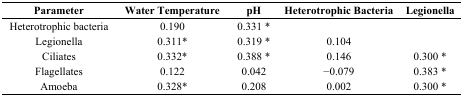
<table><thead><tr><td><b>Parameter</b></td><td><b>Water Temperature</b></td><td><b>pH</b></td><td><b>Heterotrophic Bacteria</b></td><td><b>Legionella</b></td></tr></thead><tbody><tr><td>Heterotrophic bacteria</td><td>0.190</td><td>0.331 *</td><td></td><td></td></tr><tr><td>Legionella</td><td>0.311*</td><td>0.319 *</td><td>0.104</td><td></td></tr><tr><td>Ciliates</td><td>0.332*</td><td>0.388 *</td><td>0.146</td><td>0.300 *</td></tr><tr><td>Flagellates</td><td>0.122</td><td>0.042</td><td>−0.079</td><td>0.383 *</td></tr><tr><td>Amoeba</td><td>0.328*</td><td>0.208</td><td>0.002</td><td>0.300 *</td></tr></tbody></table>